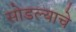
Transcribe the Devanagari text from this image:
सोडल्याचे